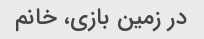
در زمین بازی، خانم